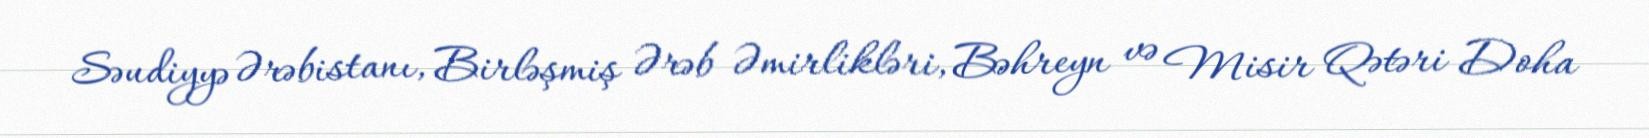
Səudiyyə Ərəbistanı, Birləşmiş Ərəb Əmirlikləri, Bəhreyn və Misir Qətəri Doha